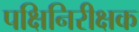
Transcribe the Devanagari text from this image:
पक्षिनिरीक्षक